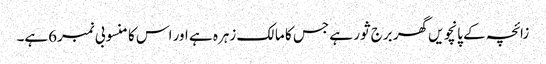
زائچہ کے پانچویں گھر برج ثور ہے جس کا مالک زہرہ ہے اور اس کا منسوبی نمبر6ہے۔